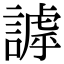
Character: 謼